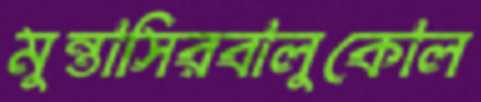
মুন্তাসিরবালুকোল